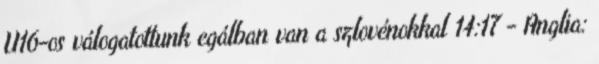
U16-os válogatottunk egálban van a szlovénokkal 14:17 - Anglia: